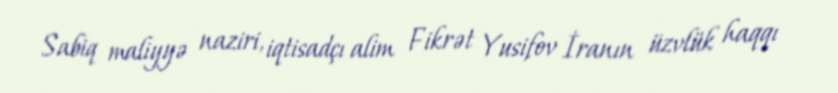
Sabiq maliyyə naziri, iqtisadçı alim Fikrət Yusifov İranın üzvlük haqqı